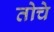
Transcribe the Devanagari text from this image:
तोचे